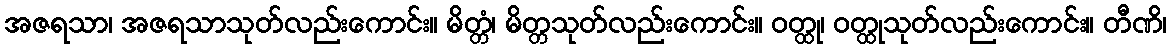
အဇရသာ၊ အဇရသာသုတ်လည်းကောင်း။ မိတ္တံ၊ မိတ္တသုတ်လည်းကောင်း။ ဝတ္ထု၊ ဝတ္ထုသုတ်လည်းကောင်း။ တီဏိ၊